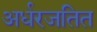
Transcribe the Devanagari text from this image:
अर्धरजतित